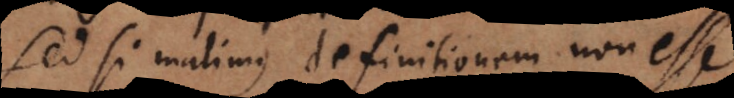
Sed si malimus definitionem non esse